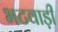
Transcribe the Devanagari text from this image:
भटवाड़ी